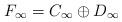
LaTeX: \begin{align*} F_\infty = C_\infty \oplus D_\infty\end{align*}